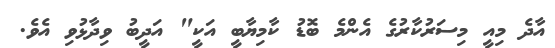
އާދެ މިއީ މިސަރުކާރުގެ އެންމެ ބޮޑު ކާމިޔާބީ އަކީ" އަދީބު ވިދާޅުވި އެވެ.